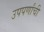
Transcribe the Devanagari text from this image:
उपपर्णांची